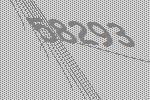
58293